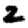
Digit: 2